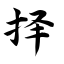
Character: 择